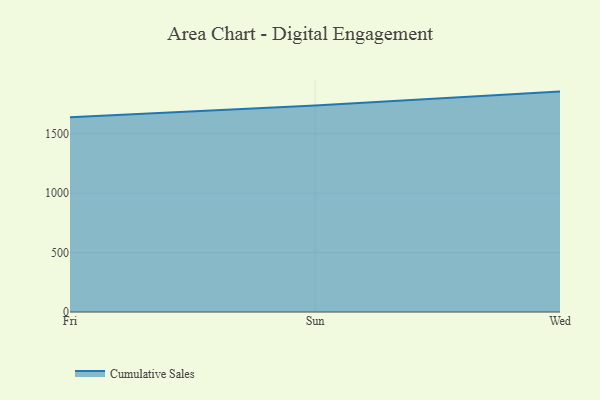
{"axis": {"x": "Day", "y": "Tickets Resolved"}, "legend": ["Cumulative Sales"], "data": [{"x": "Fri", "y": 1637.8, "type": "Cumulative Sales"}, {"x": "Sun", "y": 1736.5, "type": "Cumulative Sales"}, {"x": "Wed", "y": 1853.5, "type": "Cumulative Sales"}]}